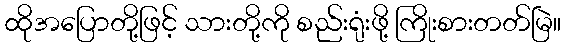
ထိုအပြောတို့ဖြင့် သားတို့ကို စည်းရုံးဖို့ ကြိုးစားတတ်မြဲ။